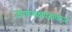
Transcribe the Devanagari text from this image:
उपाध्यक्षपदावरून